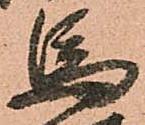
馬